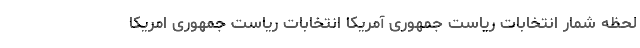
لحظه شمار انتخابات ریاست جمهوری آمریکا انتخابات ریاست جمهوری امریکا